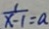
\frac { 1 } { x - 1 } = a